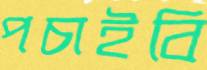
পচাইবি